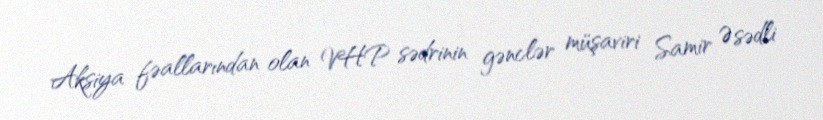
Aksiya fəallarından olan VHP sədrinin gənclər müşaviri Samir Əsədli